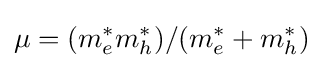
\mu =(m_{e}^{*}m_{h}^{*})/(m_{e}^{*}+m_{h}^{*})